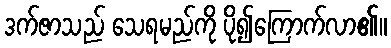
ဒက်ဇာသည် သေရမည်ကို ပို၍ကြောက်လာ၏။